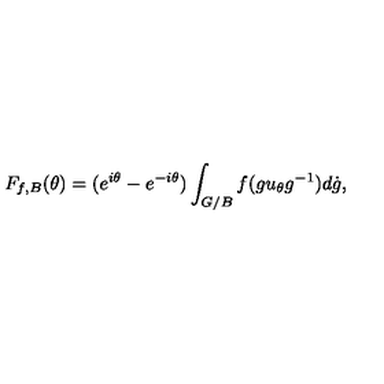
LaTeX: F _ { f , B } ( \theta ) = ( e ^ { i \theta } - e ^ { - i \theta } ) \int _ { G / B } f ( g u _ { \theta } g ^ { - 1 } ) d \dot { g } ,